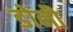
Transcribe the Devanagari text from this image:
डोनौ